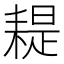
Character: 𦔂